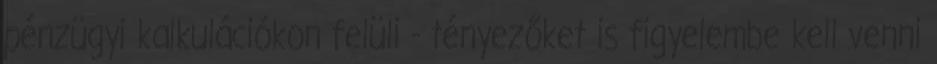
pénzügyi kalkulációkon felüli - tényezőket is figyelembe kell venni